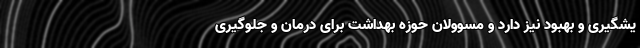
یشگیری و بهبود نیز دارد و مسوولان حوزه بهداشت برای درمان و جلوگیری